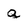
Character: q